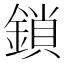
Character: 鎖